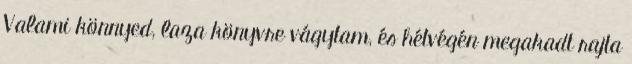
Valami könnyed, laza könyvre vágytam, és hétvégén megakadt rajta